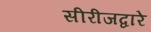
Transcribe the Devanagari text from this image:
सीरीजद्वारे